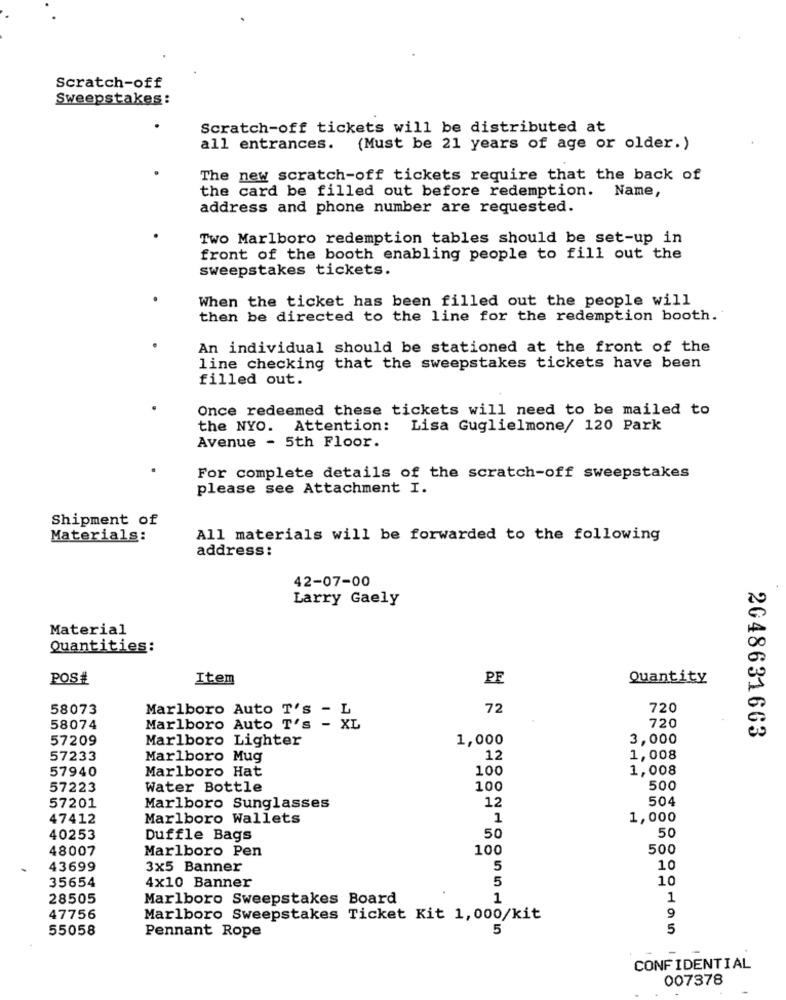
Scratch-off
Sweepstakes:
Scratch-off tickets will be distributed at
all entrances.
(Must be 21 years of age or older.)
The new scratch-off tickets require that the back of
the card be filled out before redemption. Name,
address and phone number are requested.
Two Marlboro redemption tables should be set-up in
front of the booth enabling people to fill out the
sweepstakes tickets.
When the ticket has been filled out the people will
then be directed to the line for the redemption booth.
An individual should be stationed at the front of the
line checking that the sweepstakes tickets have been
filled out.
Once redeemed these tickets will need to be mailed to
the NYO. Attention:
Lisa Guglielmone/ 120 Park
Avenue - 5th Floor.
For complete details of the scratch-off sweepstakes
please see Attachment I.
Shipment of
Materials:
All materials will be forwarded to the following
address:
42-07-00
Larry Gaely
Material
Quantities:
POS#
Item
PF
Quantity
58073
72
720
Marlboro Auto T's - L
720
58074
Marlboro Auto T's - XL
57209
Marlboro Lighter
1,000
3,000
2048631663
57233
Marlboro Mug
12
1,008
57940
Marlboro Hat
100
1,008
57223
Water Bottle
100
500
57201
12
504
Marlboro Sunglasses
47412
Marlboro Wallets
1
1,000
40253
Duffle Bags
50
50
48007
Marlboro Pen
100
500
43699
3x5 Banner
5
10
35654
4x10 Banner
5
10
28505
Marlboro Sweepstakes Board
1
1
9
47756
Marlboro Sweepstakes Ticket Kit 1,000/kit
55058
5
5
Pennant Rope
CONFIDENTIAL
007378